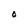
Character: O